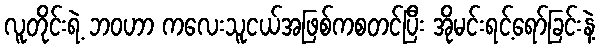
လူတိုင်းရဲ့ ဘဝဟာ ကလေးသူငယ်အဖြစ်ကစတင်ပြီး အိုမင်းရင့်ရော်ခြင်းနဲ့